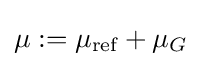
\mu :=\mu _{\text{ref}}+\mu _{G}